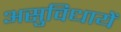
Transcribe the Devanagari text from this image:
असुविधायें